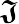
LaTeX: \boldsymbol{\mathfrak{J}}